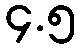
၄.၅